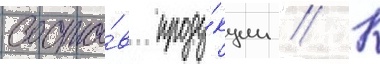
соста́в проду́кции // К